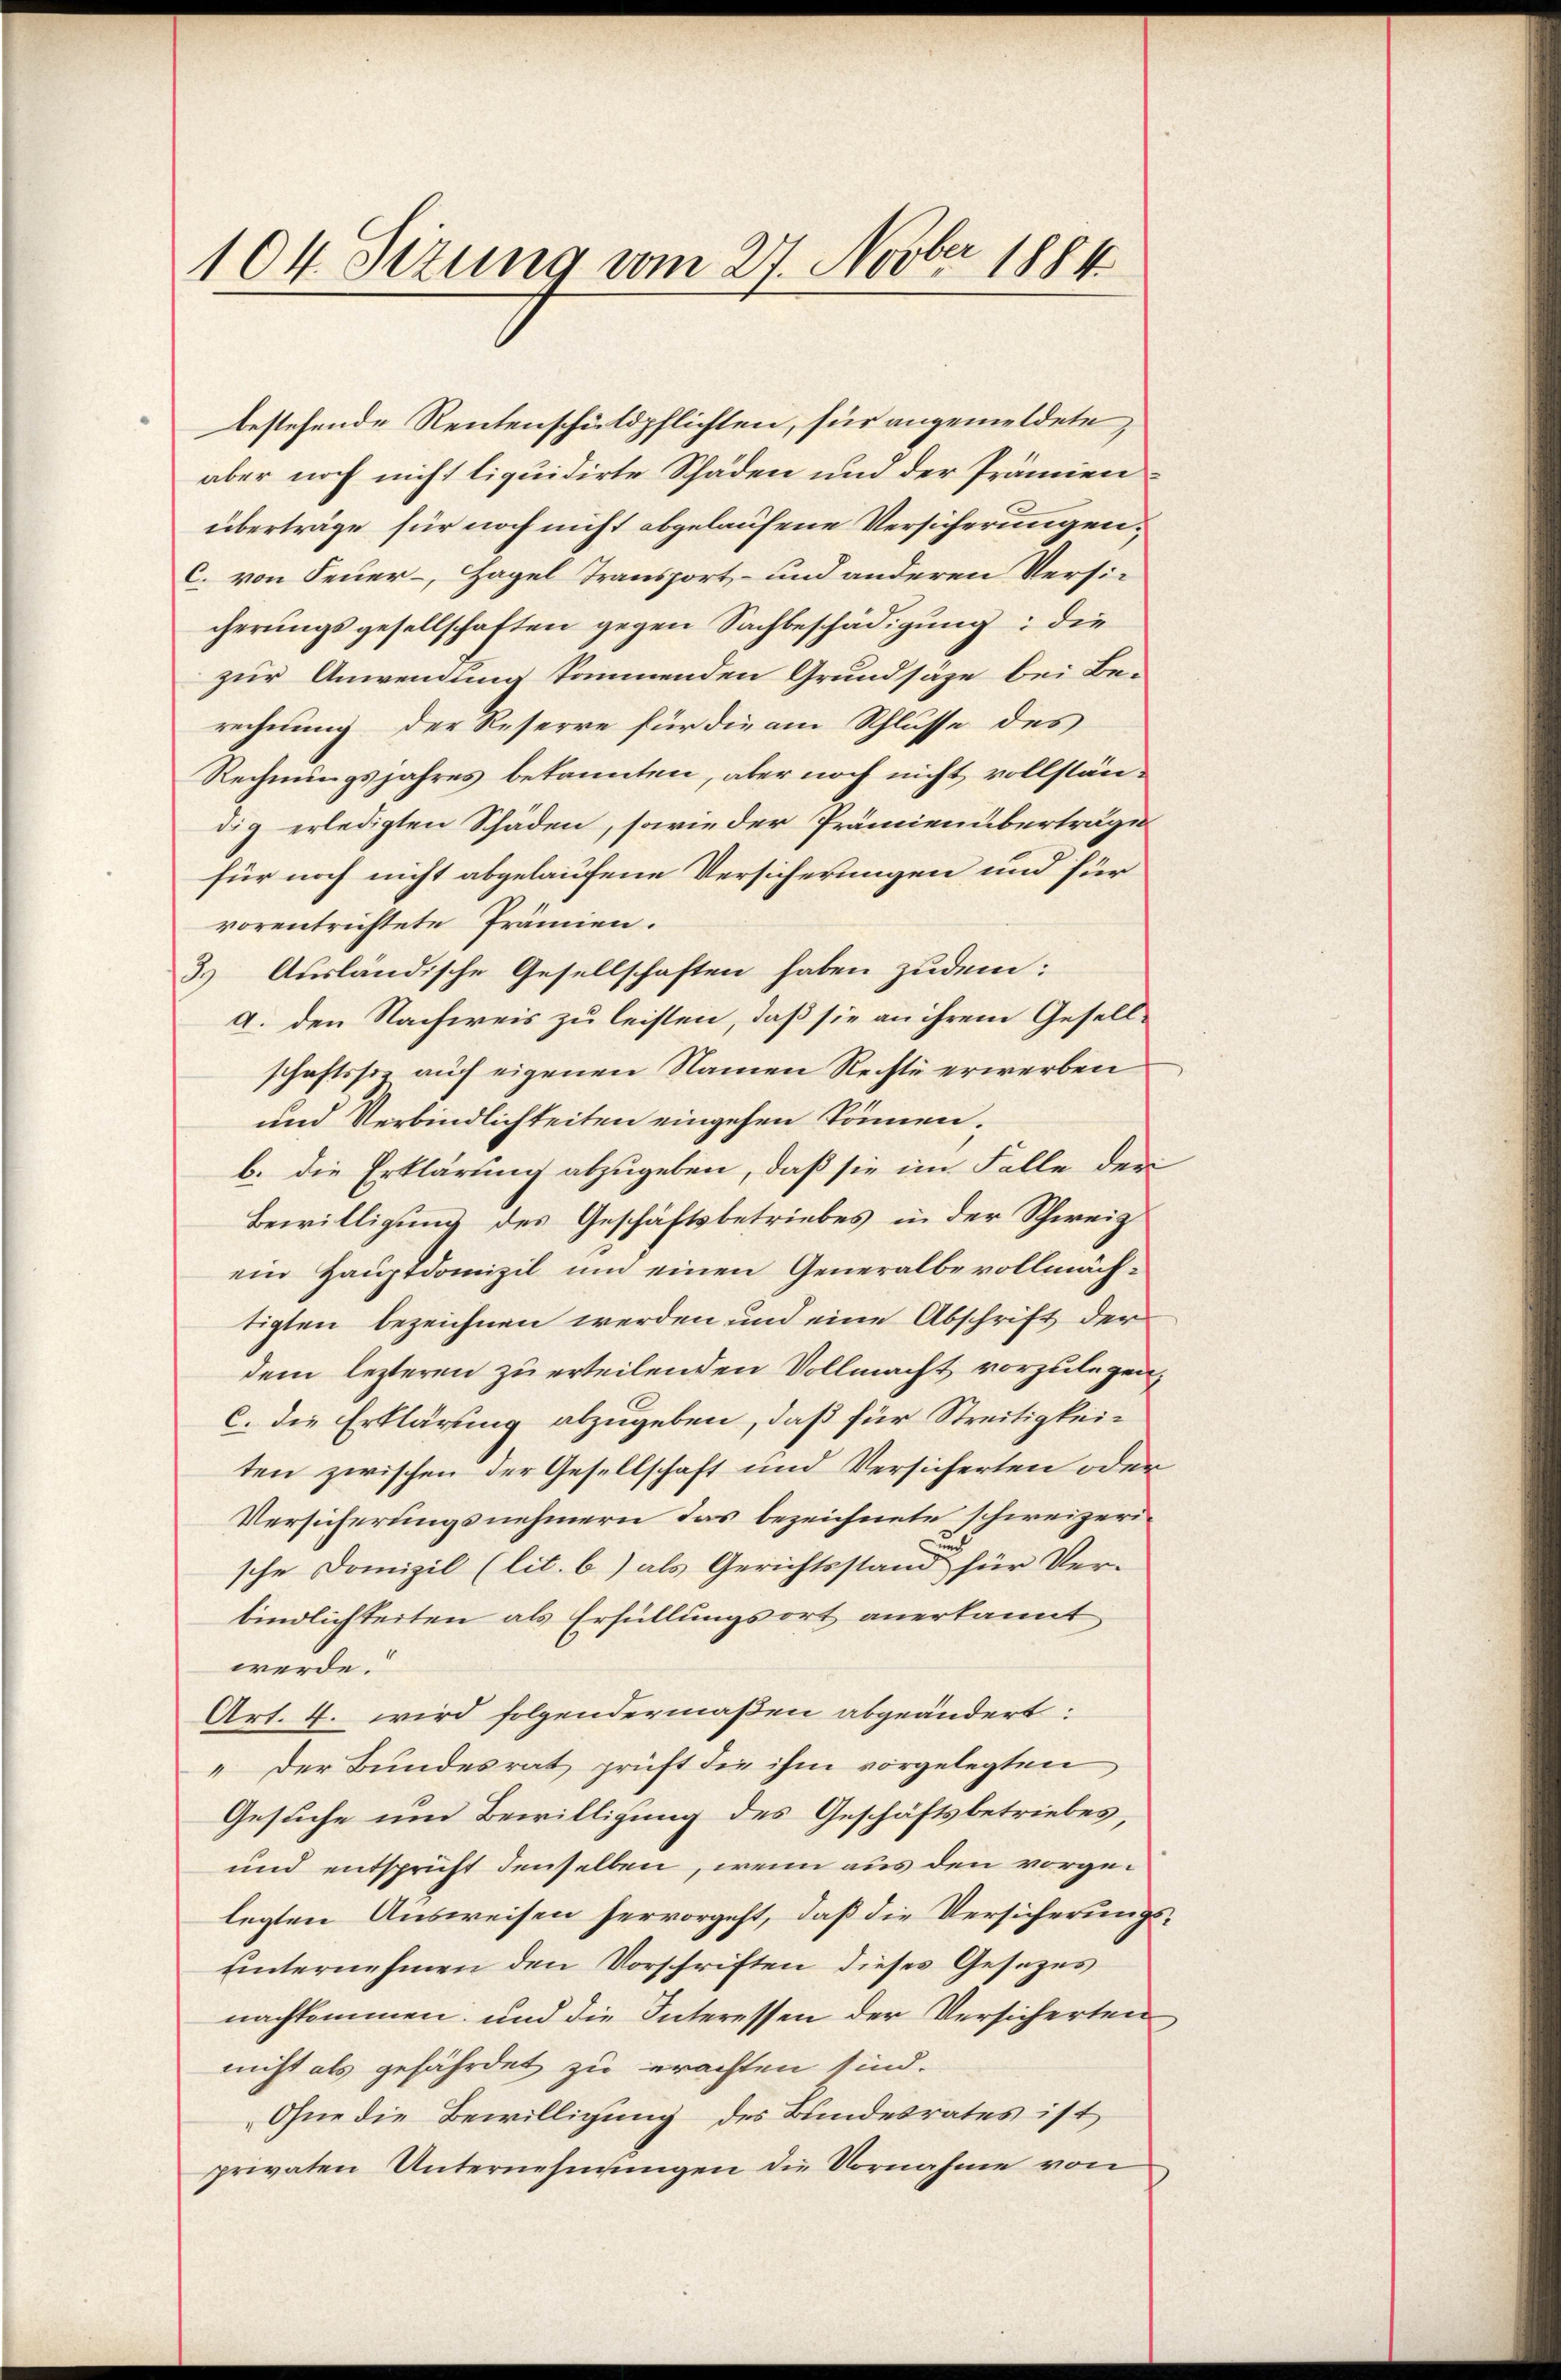
104. Sezung vom 27. Novber 1884

bestehende Rentenschuldpflichten, für angemeldete,
aber noch nicht liquidirte Schäden und der Prämien
überträge für noch nicht abgelaufene Versicherungen,
C. von Feuer-, Hagel Transport- und anderen Versicherungsgesellschaften gegen Sachbeschädigung: die
zur Anwendung kommenden Grundsäze bei Be-
rechnung der Reserre für die am Schlusse des
Rechnungsjahres bekannten, aber noch nicht vollständig erledigten Schäden, sowie der Prämienüberträge
für noch nicht abgelaufene Versicherungen und für
vorentrichtete Prämien.
3.) Ausländische Gesellschaften haben zudem:
a. den Nachweis zu leisten, daß sie an ihrem Gesellschaftssiz auch eigenen Namen Rechte erwerben
und Verbindlichkeiten eingehen können.
b. die Erklärung abzugeben, daß sie im Falle der
Bewilligung des Geschäftsbetriebes in der Schweiz
ein Hauptdomizil um einen Generalbevollmächtigten bezeichnen werden und eine Abschrift der
dem lezteren zu erteilenden Vollmacht vorzulegen,
C. die Erklärung abzugeben, daß für Streitigkeiten zwischen der Gesellschaft und Versicherten oder
Versicherungsnehmern das bezeichnete schweizerische Domizil (lit. b) als Gerichtsstand für Ver-
bindlichkeiten als Erfüllungsort anerkannt
werde.
Art. 4. wird folgendermaßen abgeändert:
" Der Bundesrat prüft die ihm vorgelegten
Gesuche um Bewilligung des Geschäftsbetriebes,
und entspricht denselben, wenn aus den vorgelegten Ausweisen hervorgeht, daß die Versicherungshinternehmen den Vorschriften dieses Gesezes
nachkommen und die Interessen der Versicherten,
nicht als gefährdet zu erachten sind.
Ohne die Bewilligung des Bundesrates ist
privaten Unternehmungen die Vornahme von